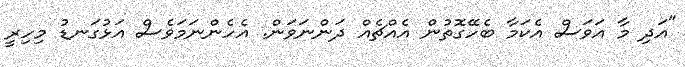
"އަދި މާ އަވަސް އެކަމާ ބެހޭގޮތުން އެއްޗެއް ދަންނަވަން. އެހެންނަމަވެސް އަޅުގަނޑު މިހިރީ